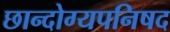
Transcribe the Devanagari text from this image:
छान्दोग्यपनिषद